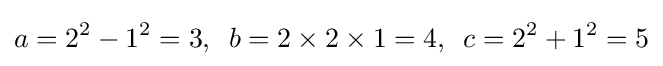
a=2^{2}-1^{2}=3,\ \,b=2\times 2\times 1=4,\ \,c=2^{2}+1^{2}=5